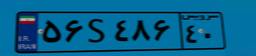
۲۵S۹۷۹۳۰